Report on the treatment of epidemic cholera: from information collected by the governments of Bengal, Madras, Bombay, N.W. Provinces, Punjab, Oudh, and Central India, by order of the Government of India
Disease focus: Cholera
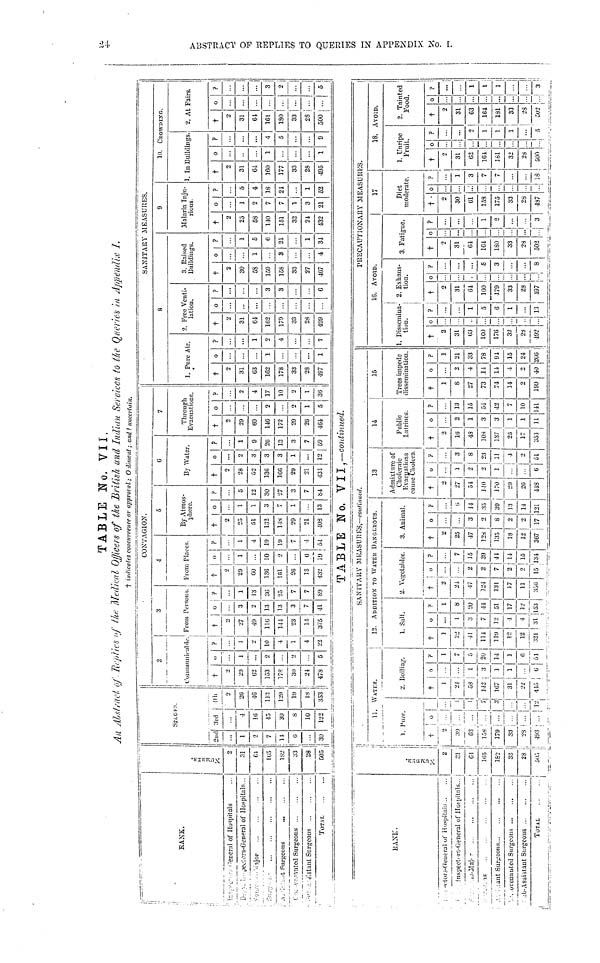
24 ABST
TABLE No. VII.
An Abstract of Replies of the Medical Officers of the British and Indian Services to the Queries in Appendix I.
t indicates concurrence or approval; O dissent; and* uncertain.
RANK.
General of Hospitals
General of Hospitals ..
Surgeons
...
Surgeons ..
Surgeons
TOTAL
NUMBER.
.31
01
105
182
33
28
505
2nd
...
1
2
7
11
6
30
STAGES.
3rd
4
10
45
3D
8
10
122
4th
2
28
46
113
129
19
18
353
2
Communicable
†
2
29
02
153
178
3D
24
47S
0
1
...
2
2
5
?
1
10
4
1
4
22
3
From Persons
†
2
27
49
110
Ml
S3
11
375
»
3
2
13
13
3
7
41
9
1
13
30
25
7
7
89
CONTAGION.
4
From Places
†
2
29
GO
130
181
26
18
432
0
1
...
10
2
...
6
19
?
1
4
19
19
7
4
51
5
By Atmos-
phere.
†
2
25
51
132
148
29
21
408
0
1
1
3
7
1
13
?
5
12
30
27
3
7
84
6
By Water.
†
2
28
02
13G
166
29
21
431
3
3
3
1
...
12
?
...
1
9
2G
13
3
7
59
7
Through
Evacuations.
†
2
29
60
146
172
29
2G
464
0
...
2
2
1
5
?
2
4
17
10
2
1
36
SANITARY MEASURES.
8
1. Pure Air.
†
2
31
63
162
178
33
28
487
0
...
1
...
1
?
...
...
1
2
4
...
7
2. Free Venti-
lation.
†
2
31
01
162
179
33
28
499
0
...
..
...
?
...
...
...
3
3
...
6
3. Raised
Buildings.
†
2
30
5S
159
158
33
27
467
0
...
...
1
3
4
?
...
1
5
6
21
1
34
9
Malaria Inju-
rious.
†
2
25
58
110
151
32
21
432
0
...
1
2
7
7
1
3
21
?
5
4
18
24
...
52
10.
CROWDING.
1. In Buildings.
†
2
31
64
160
177
33
28
495
0
1
...
?
...
...
...
4
5
...
9
2. At Fairs.
†
2
31
64
161
180
33
28
500
0
...
...
..
...
...
?
...
3
2
...
...
TABLE No. VII, —continued.
RANK.
Inspectors- General of Hospitals
Inspectors- General of Hospital::
Surgeons
Surgeons
Assistant Surgeons
TOTAL
NUMBER.
2
61
165
182
33
28
505
11.
WATER.
1. Pure.
| 1 |
2
39
03
158
179
33
28
193
0
..
...
...
..
1
1
7
2. Boiling.
†
1
21
58
142
167
31
22
415
0
...
1
?
1
7
5
20
14
1
6
54
SANITARY MEASURES,-continued.
12. AUDITION TO WATER DANGEROUS.
1. Salt.
1
22
41
114
11!)
12
12
321
0
...
1
3
7
12
4
4
31
9
1
8
20
41
51
17
12
153
2. Vegetables.
†
2
21
47
121
131
17
11
356
0
...
2
2
7
?
7
15
39
44
2 | 14
2
15
15
131
3. Animal.
†
2
25
47
128
135
18
12
367
0
...
3
2
8
2
2
17
?
(i
11
33
39
13
14
121
13
Admixture of
Choleraic
Evacuations
cause Cholera.
†
2
27
54
110
170
29
20
418
o
1
2
2
1
6
?
3
8
23
11
4
2
51
14
Public
Latrines.
†
2
16
43
10S
137
25
17
353
o
1
3
1
1
11
?
...
13
15
51
43
7
10
141
15
Trees impede
dissemination.
†
1
8
27
73
71
14
2
199
...
2
4
11
11
4
2
40
1
21
33
78
91
15
24
266
PRECAUTIONARY MEASURES.
16. AVOID.
1. Dissemination.
†
2
31
63
160
176
32
28
492
0 ?
...
...
1
5
6
1
...
13
2. Exhaus-
tion.
†
2
31
61
160
179
33
28
197
0
...
...
9
...
...
5
3
...
8
3. Fatigue.
†
2
31
01
161
180
33
28
502
0
...
...
...
?
...
...
1
2
...
17
Diet
moderate.
†
2
30
61
153
175
33
28
487
0
...
...
..:
?
1
3
7
7
...
13
18. AVOID.
1. Unripe
Fruit.
†
2
31
62
101
181
32
23
500
0
..
...
...
?
...
...
2
1
1
1
...
2. Tainted
Food.
†
2
31
03
164
181
33
28
502
0
...
...
...
...
9 i
...
1
1
...